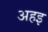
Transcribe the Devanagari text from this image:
अहइ